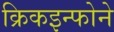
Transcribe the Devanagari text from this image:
क्रिकइन्फोने